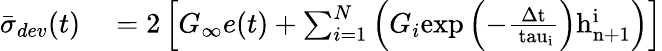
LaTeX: \begin{array}{rl}{{\bar{\sigma}_{dev}}(t)}&{{}=2\left[G_{\infty}e(t)+\sum_{i=1}^{N}\left(G_{i}\mathrm{{exp}\left(-\frac{\Delta t}{\ tau_{i}}\right)h_{n+1}^{i}}\right)\right]}\end{array}